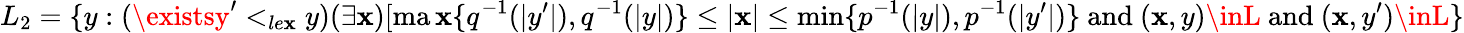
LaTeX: L_{2}=\{ y:(\existsy^{\prime}<_{le\mathbf{x}}y)(\exists\mathbf{x})[\operatorname*{ma\mathbf{x}}\{ q^{-1}(|y^{\prime}|),q^{-1}(|y|)\} \leq|\mathbf{x}|\leq\operatorname*{min}\{ p^{-1}(|y|),p^{-1}(|y^{\prime}|)\} \mathrm{{~and~}}(\mathbf{x},y)\inL\mathrm{{~and~}}(\mathbf{x},y^{\prime})\inL\}